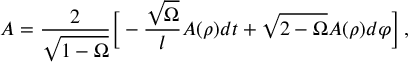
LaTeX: A = \frac { 2 } { \sqrt { 1 - \Omega } } { \biggl [ } - \frac { \sqrt { \Omega } } { l } A ( \rho ) d t + \sqrt { 2 - \Omega } A ( \rho ) d \varphi { \biggr ] } \, ,